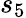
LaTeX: s_{5}